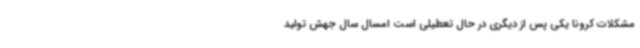
مشکلات کرونا یکی پس از دیگری در حال تعطیلی است امسال سال جهش تولید